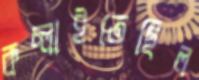
কচ্‌লাইতেছিল